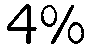
4%